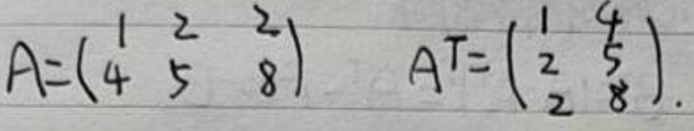
\[
A=\begin{pmatrix}
1 & 2 & 2 \\
4 & 5 & 8
\end{pmatrix}, \quad A^T=\begin{pmatrix}
1 & 4 \\
2 & 5 \\
2 & 8
\end{pmatrix}
\]